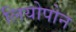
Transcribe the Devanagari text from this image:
लियोपोन